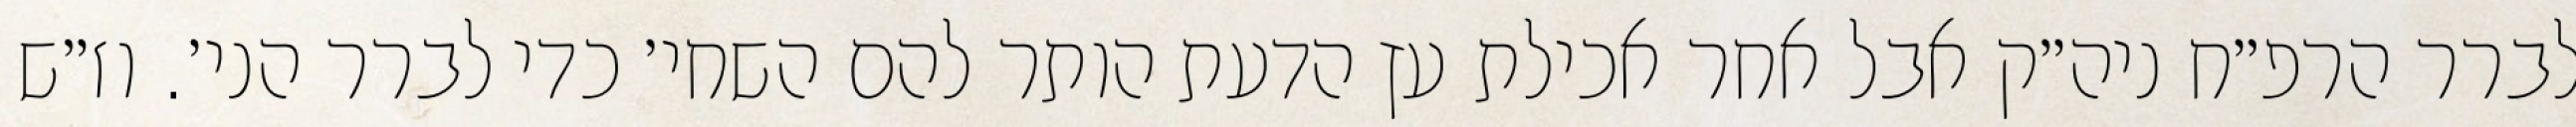
לברר הרפ״ח ניה״ק אבל אחר אכילת עץ הדעת הותר להם השחי׳ כדי לברר הני׳. וז״ש